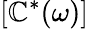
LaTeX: \left[\mathbb{C}^{*}(\omega)\right]